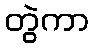
တွဲကာ